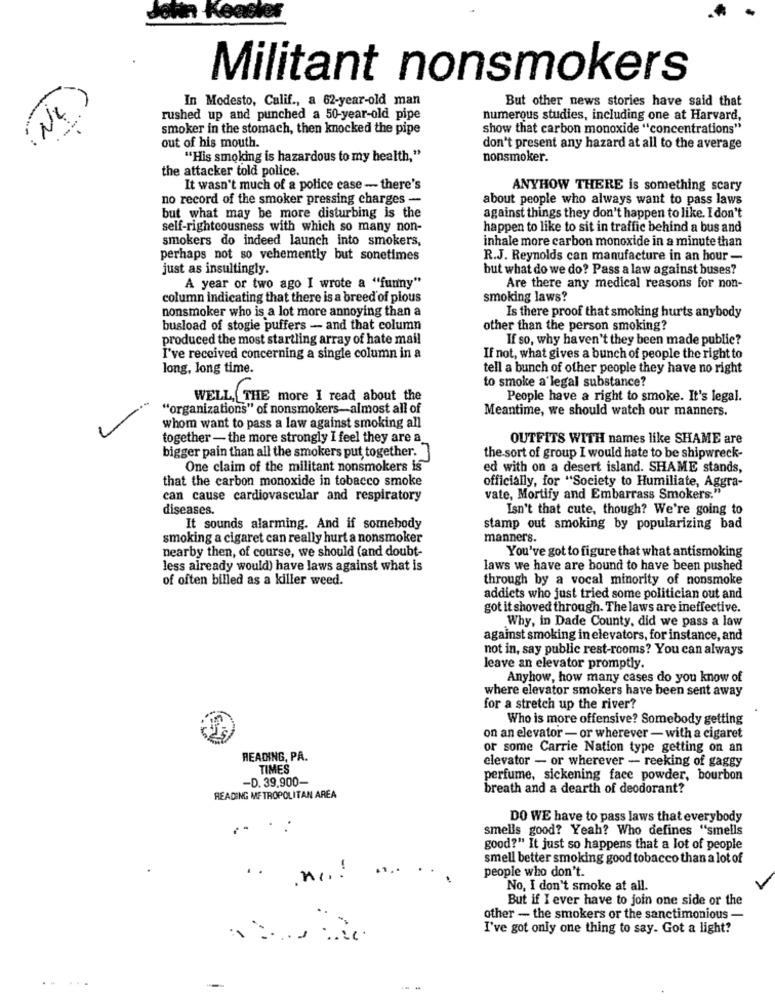
Militant nonsmokers
In Modesto, Calif ., a 62-year-old man
But other news stories have said that
: NC
---
rushed up and punched a 50-year-old pipe
numerous studies, including one at Harvard,
smoker in the stomach, then knocked the pipe
show that carbon monoxide "concentrations"
out of his mouth.
don't present any hazard at all to the average
"His smoking is hazardous to my health,"
nonsmoker.
the attacker told police.
It wasn't much of a police ease - there's
ANYHOW THERE is something scary
no record of the smoker pressing charges -
about people who always want to pass laws
but what may be more disturbing is the
against things they don't happen to like. I don't
self-righteousness with which so many non-
happen to like to sit in traffic behind a bus and
smokers do indeed launch into smokers,
inhale more carbon monoxide in a minute than
perhaps not so vehemently but sonetimes
R.J. Reynolds can manufacture in an hour -
just as insultingly.
but what do we do? Pass a law against buses?
A year or two ago I wrote a "funny"
Are there any medical reasons for non-
column indicating that there is a breed of pious
smoking laws?
nonsmoker who is a lot more annoying than a
Is there proof that smoking hurts anybody
busload of stogie puffers - and that column
other than the person smoking?
produced the most startling array of hate mail
If so, why haven't they been made public?
I've received concerning a single column in a
If not, what gives a bunch of people the right to
long, long time.
tell a bunch of other people they have no right
to smoke a'legal substance?
WELL, THE more I read about the
People have a right to smoke. It's legal.
"organizations" of nonsmokers-almost all of
Meantime, we should watch our manners.
whom want to pass a law against smoking all
together - the more strongly I feel they are a.
OUTFITS WITH names like SHAME are
bigger pain than all the smokers put together.
the sort of group I would hate to be shipwreck-
One claim of the militant nonsmokers is
ed with on a desert island. SHAME stands,
that the carbon monoxide in tobacco smoke
officially, for "Society to Humiliate, Aggra-
can cause cardiovascular and respiratory
vate, Mortify and Embarrass Smokers."
diseases.
Isn't that cute, though? We're going to
It sounds alarming. And if somebody
stamp out smoking by popularizing bad
smoking a cigaret can really hurt a nonsmoker
manners.
nearby then, of course, we should (and doubt-
You've got to figure that what antismoking
less already would) have laws against what is
laws we have are bound to have been pushed
of often billed as a killer weed.
through by a vocal minority of nonsmoke
addicts who just tried some politician out and
got it shoved through. The laws are ineffective.
Why, in Dade County, did we pass a law
against smoking in elevators, for instance, and
not in, say public rest-rooms? You can always
leave an elevator promptly.
Anyhow, how many cases do you know of
where elevator smokers have been sent away
for a stretch up the river?
Who is more offensive? Somebody getting
on an elevator - or wherever - with a cigaret
or some Carrie Nation type getting on an
READING, PA.
elevator - or wherever - reeking of gaggy
TIMES
-D. 39.900-
perfume, sickening face powder, bourbon
breath and a dearth of deodorant?
READING METROPOLITAN AREA
DO WE have to pass laws that everybody
smells good? Yeah? Who defines "smells
good?" It just so happens that a lot of people
smell better smoking good tobacco than a lot of
..
people who don't.
nr.
No, I don't smoke at all.
But if I ever have to join one side or the
other - the smokers or the sanctimonious -
I've got only one thing to say. Got a light?